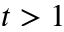
t > 1